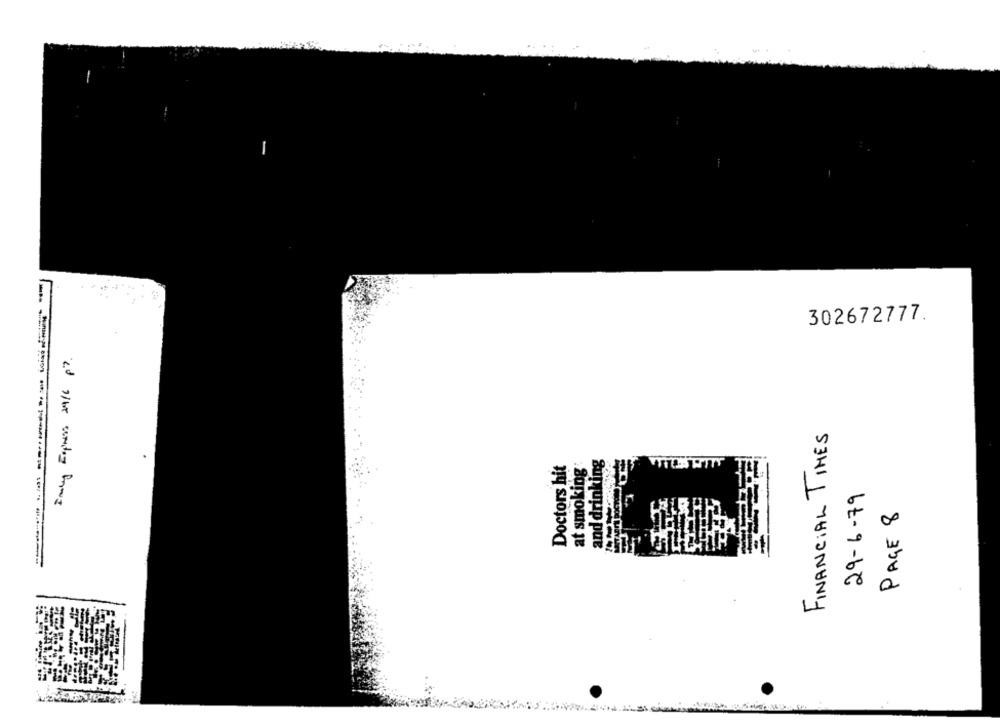
-------- ----------
302672777.
Imalay Express 29/6 p).
FINANCIAL TIMES
Doctors hit
at smoking
and drinking
29-6-79
PAGE 8